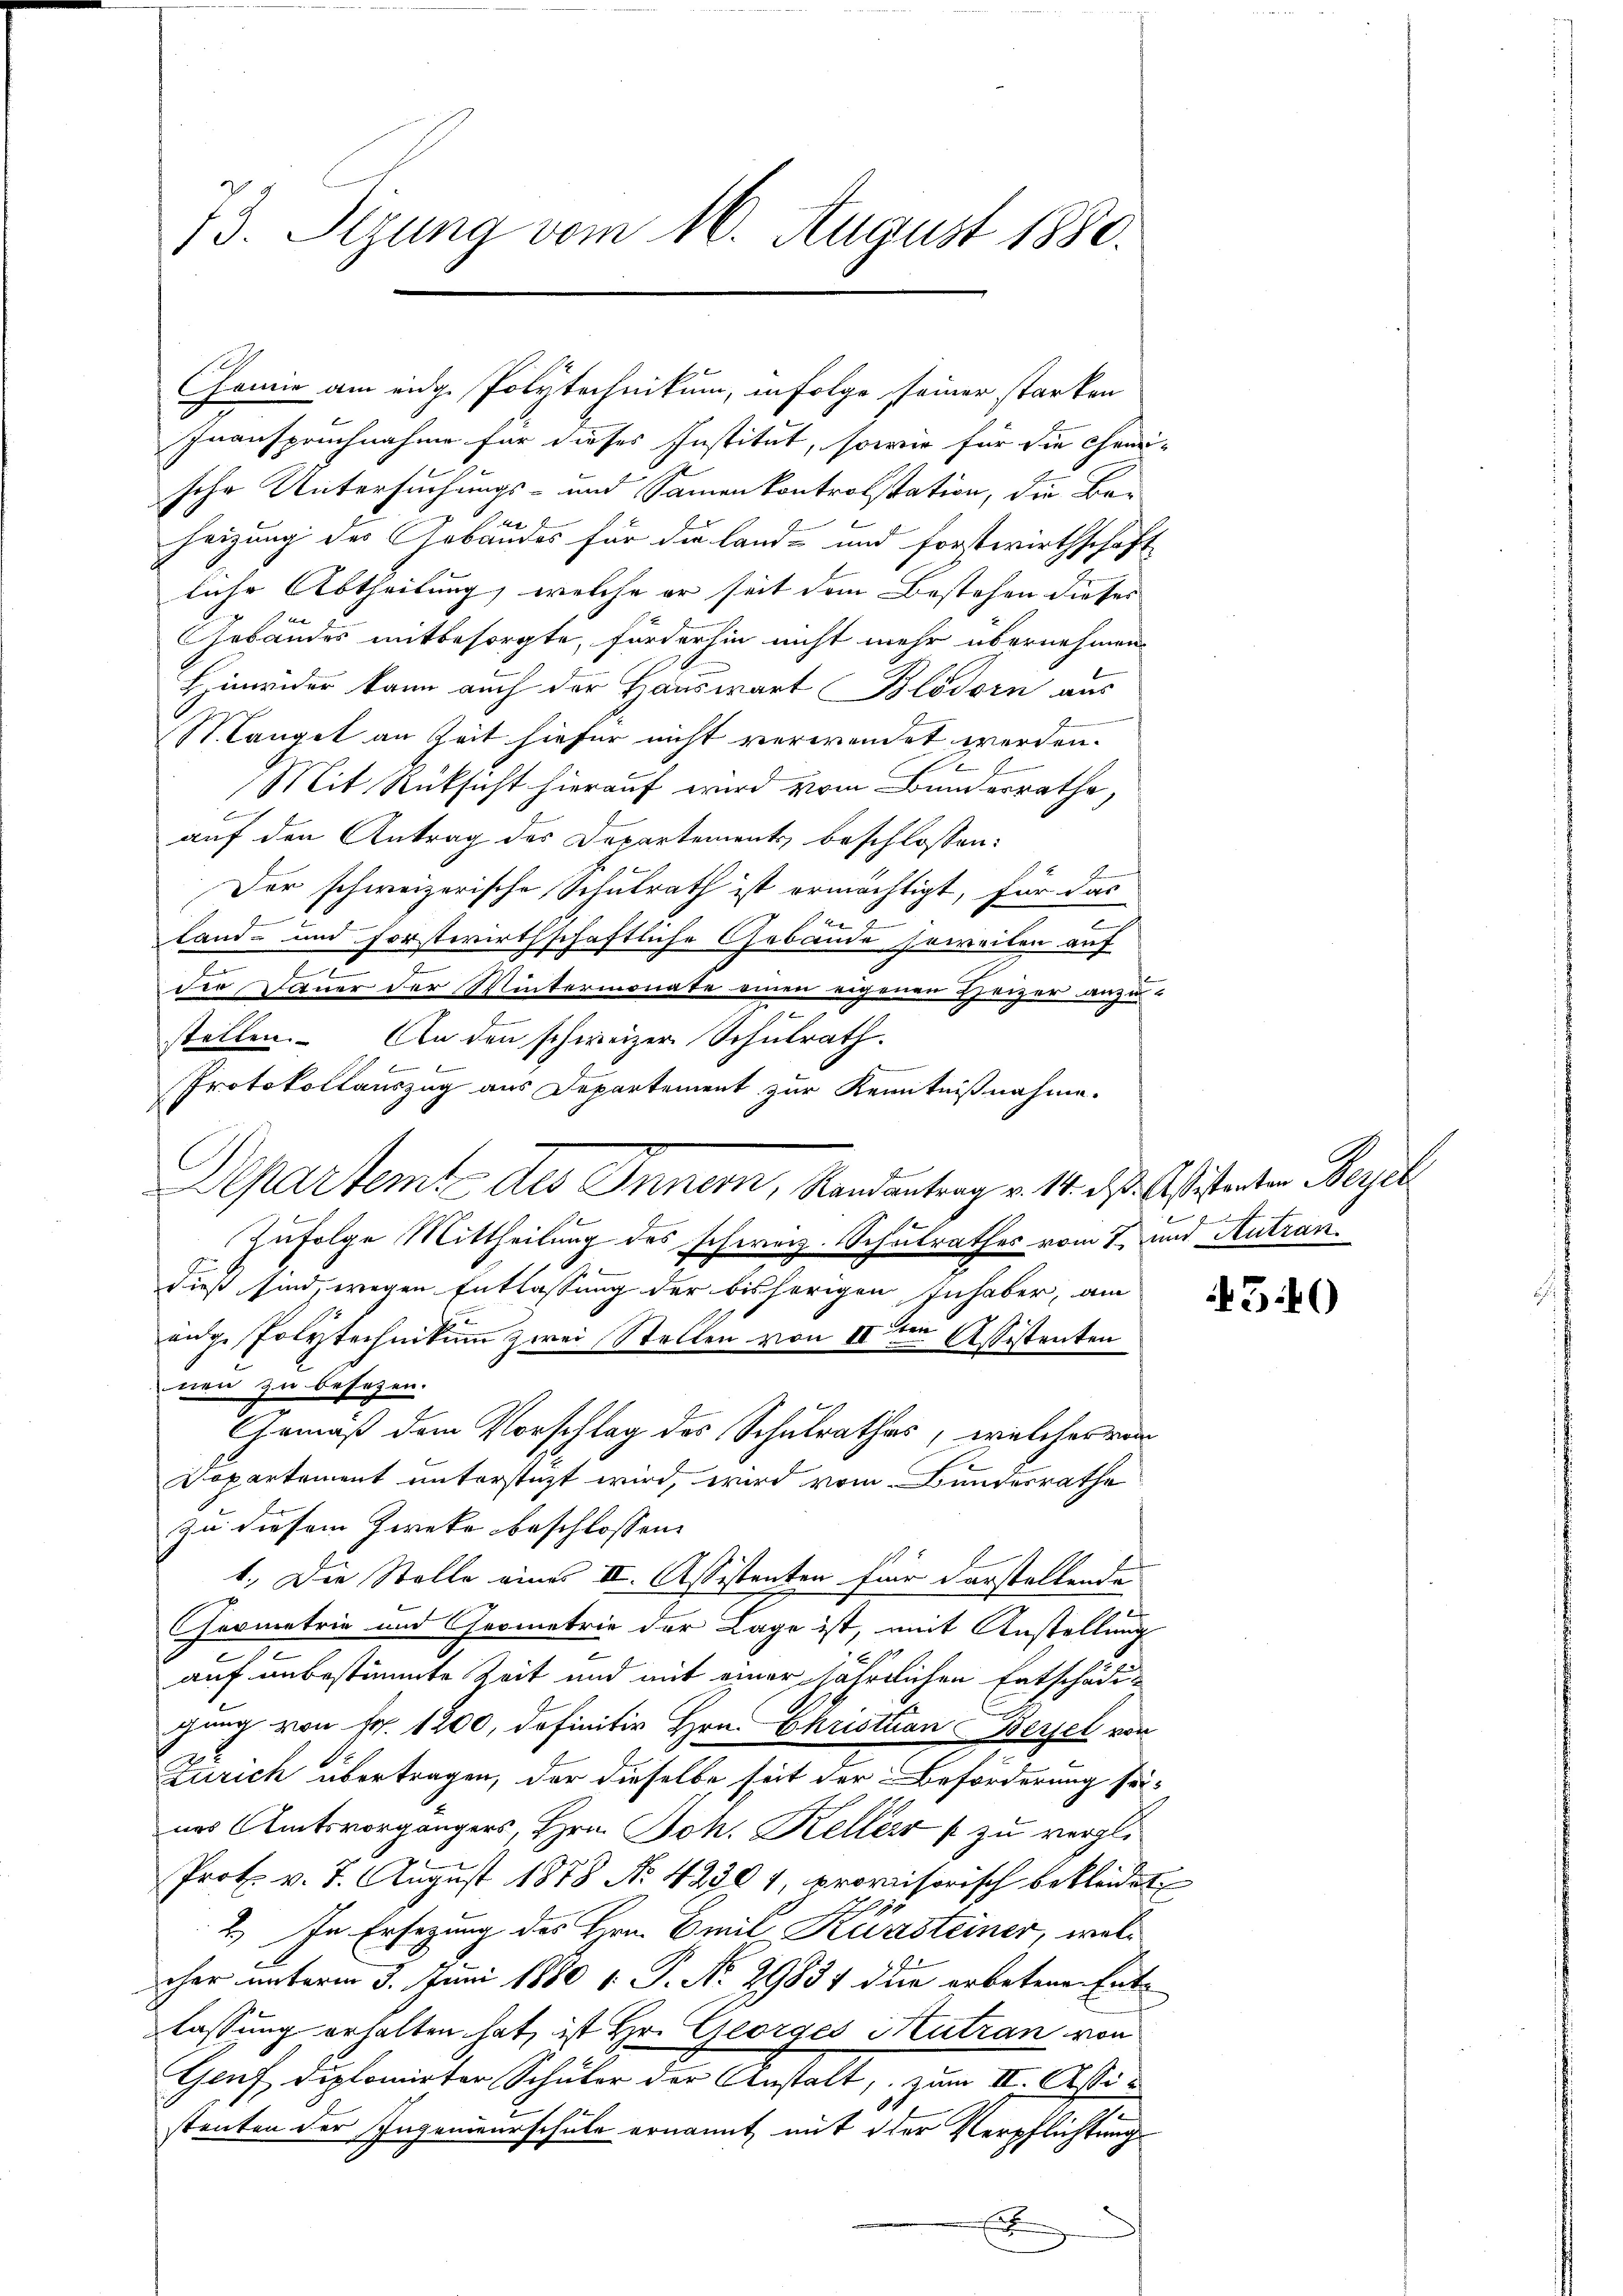
73. Sizung vom 16. August 1880.

Inanspruchnahme für dieses Institut, sowie für die Chemi-
sche Untersuchungs- und Sammenkontrolstation, die Bau
heizung des Gebäudes für die land- und Forstwirthschaft
liche Abtheilung, welche er seit dem Bestehen dieses |
Gebäudes mitbesorgte, förderhin nicht mehr übernehmen
Hinwider kann auch der Hauswart Blödorn aus
St Langel an Zeit hiefür nicht verwendet werden.
 x
Mit Rücksicht hierauf wird vom Bunderrathe,
auf den Antrag des Departements beschlossen:
Der schweizerische Schulrath ist ermächtigt, für das
x
.
1
2
Land- und forstwirthschaftliche Gebäude soweilen auf
t
E
der Dauer der Wintermonate einen eigenen Theizer anzustellen. An den schweizer Schulrath.
l
Protokollauszug aus Departement zur Kenntnißnahme.
Departemt des Innern, Randantrag v. 14. ds. Aßistenten Bezel
Zufolge Mittheilung des schweiz. Schulrathes vom 7. und Antran
dieß sind, wegen Entlassung der bisherigen Inhaber, am
enge Polytechnikum zwei Stellen von II 2ten Assistenten
nen zu besezen.
Gemäß dem Vorschlag des Schulrathes, welches ver
Departement unterstüzt wird, wird vom Bundesrathe
zu diesem Zwecke beschlossen:
1.) Die Stelle eines III. Assistenten für darstellende
Geometrie und Geometrie der Lage ist, mit Anstellung
auf unbestimmte Zeit und mit einer jährlichen Entschädig
gang von Fr. 1200, definitiv Hrn. Christian Berzel vor
Zürich übertragen, der dieselbe seit der Beförderung seinas Amtsvorgängers, Hrn. Joh. Kellers zu vergli¬
Prot. v. 7. August 1878 No. 42301, provisorisch bekleidet,
G. 91
2.) In Ersezung des Hrn. Emil Kunsteiner, welcher unterm 3. Juni 1880 1. P. No. 29831 die erbetene Entlassung erhalten hat, ist Hr. Georges Hutzan von
Genf diplomirter Schulor der Anstalt, zum II. Asti
stenten der Ingenieurschule ernannt mit der Verpflichtung
x

Chemie am eidg. Polytechnikum, in Folge seiner starken

tiren

540